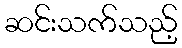
ဆင်းသက်သည့်